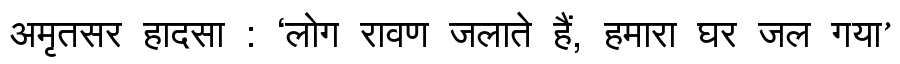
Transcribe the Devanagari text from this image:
अमृतसर हादसा : ‘लोग रावण जलाते हैं, हमारा घर जल गया’